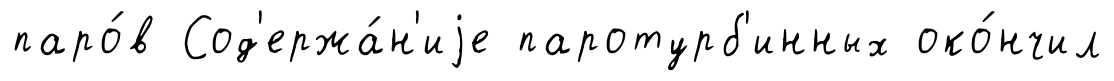
паро́в Сод'ержа́н'иjе паротурб'инных око́нчил